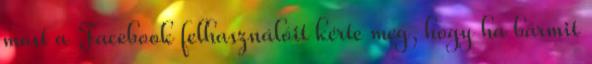
most a Facebook felhasználóit kérte meg, hogy ha bármit